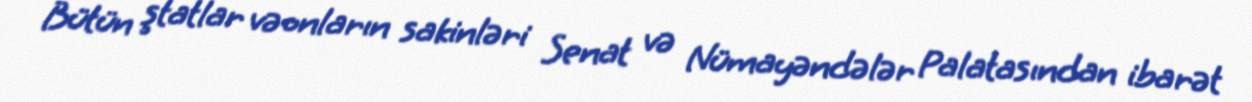
Bütün ştatlar və onların sakinləri Senat və Nümayəndələr Palatasından ibarət